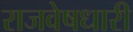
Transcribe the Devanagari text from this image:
राजवेषधारी